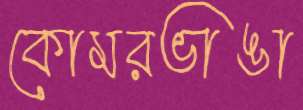
কোমরভাঙা